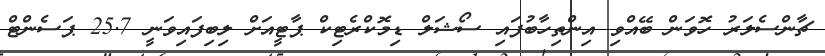
ޗާންސެލަރު ހޮވަން ބޭއްވި އިންތިހާބުފައި ސޯޝަލް ޑިމޮކްރެޓިކް ޕާޓީއަށް ލިބިފައިވަނީ 25.7 ޕަސެންޓް